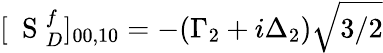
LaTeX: [\mathrm{~\mathbf~S~}_{D}^{f}]_{00,10}=-(\Gamma_{2}+i\Delta_{2})\sqrt{3/2}